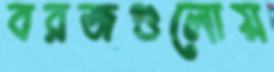
বরজগুলোয়